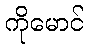
ကိုမောင်